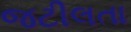
જટીલતા